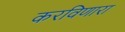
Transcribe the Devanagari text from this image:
करविणारा